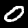
Digit: 0